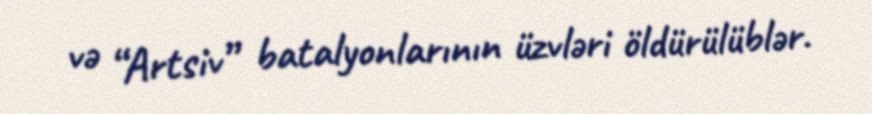
və “Artsiv” batalyonlarının üzvləri öldürülüblər.